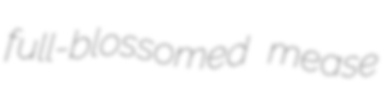
full-blossomed mease